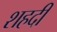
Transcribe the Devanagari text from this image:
शहदी